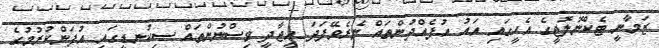
ޒަމާނީ ޓެކްނޮލޮޖީގެ އެހީގައި އައު އުފެއްދުންތައް ނެރެވޭފަދަ އީޖާދީ ވިސްނުންތައް ސިކުނޑީގައި އުފަންކުރުމުގެ